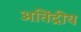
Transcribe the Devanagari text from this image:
अतिंद्रीय